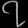
Digit: ၇